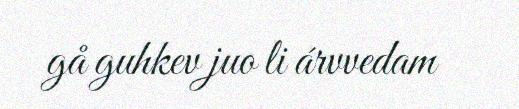
gå guhkev juo li árvvedam